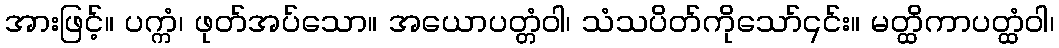
အားဖြင့်။ ပက္ကံ၊ ဖုတ်အပ်သော။ အယောပတ္တံဝါ၊ သံသပိတ်ကိုသော်၎င်း။ မတ္ထိကာပတ္ထံဝါ၊